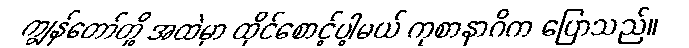
ကျွန်တော်တို့ အထဲမှာ ထိုင်စောင့်ပါ့မယ် ကုစာနာဂိက ပြောသည်။